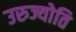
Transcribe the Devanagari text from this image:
उरुज्योति